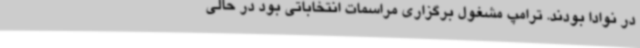
در نوادا بودند. ترامپ مشغول برگزاری مراسمات انتخاباتی بود در حالی